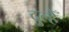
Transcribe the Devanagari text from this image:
दुल्हेँ